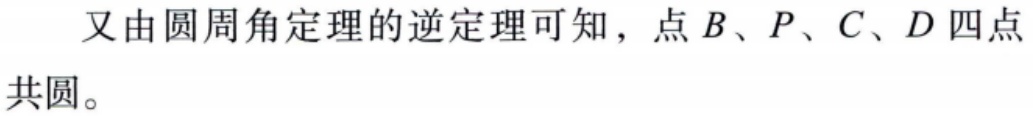
又由圆周角定理的逆定理可知，点\(B\)、\(P\)、\(C\)、\(D\)四点共圆。